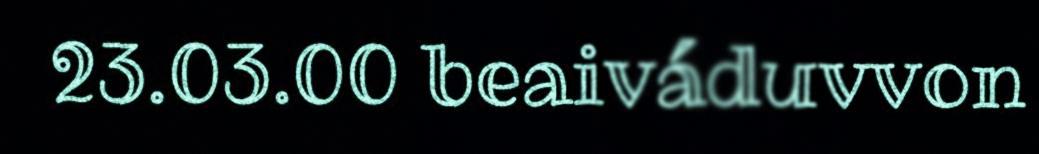
23.03.00 beaiváduvvon